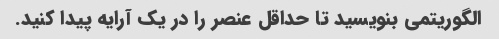
الگوریتمی بنویسید تا حداقل عنصر را در یک آرایه پیدا کنید.